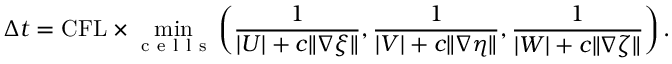
\Delta t = \mathrm { C F L } \times \operatorname* { m i n } _ { \mathrm { ~ c ~ e ~ l ~ l ~ s ~ } } \left( \frac { 1 } { | U | + c \| \nabla \xi \| } , \frac { 1 } { | V | + c \| \nabla \eta \| } , \frac { 1 } { | W | + c \| \nabla \zeta \| } \right) .